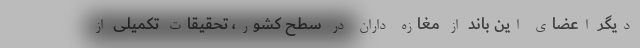
دیگر اعضای این باند از مغازه داران در سطح کشور، تحقیقات تکمیلی از